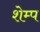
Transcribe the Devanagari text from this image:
शेम्प